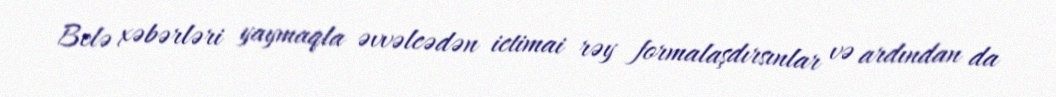
Belə xəbərləri yaymaqla əvvəlcədən ictimai rəy formalaşdırsınlar və ardından da